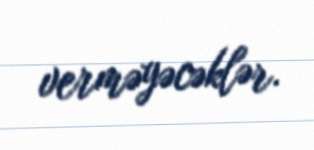
verməyəcəklər.